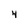
Character: 4